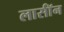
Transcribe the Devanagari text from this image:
लार्सॉन